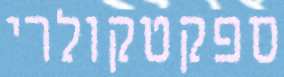
ספקטקולרי